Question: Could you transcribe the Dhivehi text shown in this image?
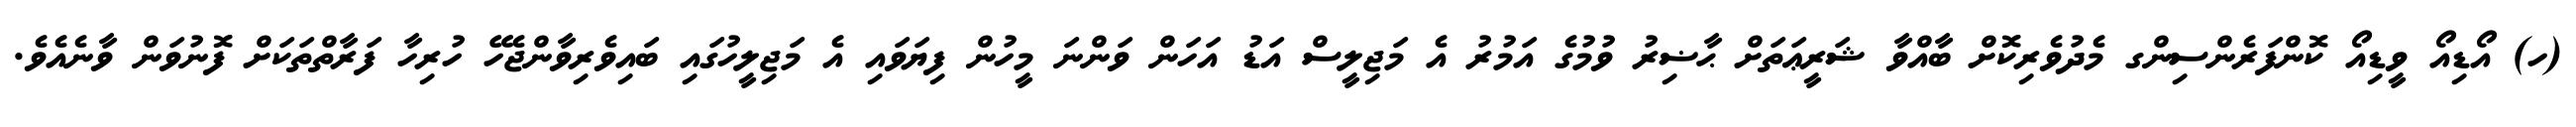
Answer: (ހ) އޯޑިއޯ ވީޑިއޯ ކޮންފަރެންސިންގ މެދުވެރިކޮށް ބާއްވާ ޝަރީޢަތަށް ޙާޟިރު ވުމުގެ އަމުރު އެ މަޖިލީސް އަޑު އަހަން ވަންނަ މީހުން ފިޔަވައި އެ މަޖިލީހުގައި ބައިވެރިވާންޖެހޭ ހުރިހާ ފަރާތްތަކަށް ފޮނުވަން ވާނެއެވެ.